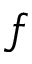
f